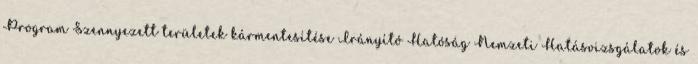
Program Szennyezett területek kármentesítése Irányító Hatóság Nemzeti Hatásvizsgálatok és